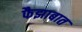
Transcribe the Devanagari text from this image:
फैझाबात